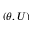
( \theta , U )